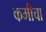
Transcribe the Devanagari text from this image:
कमीचा